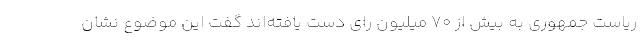
ریاست جمهوری به بیش از 70 میلیون رای دست یافته‌اند گفت این موضوع نشان